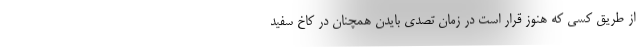
از طریق کسی که هنوز قرار است در زمان تصدی بایدن همچنان در کاخ سفید